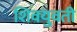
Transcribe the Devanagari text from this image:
शिवयुवती